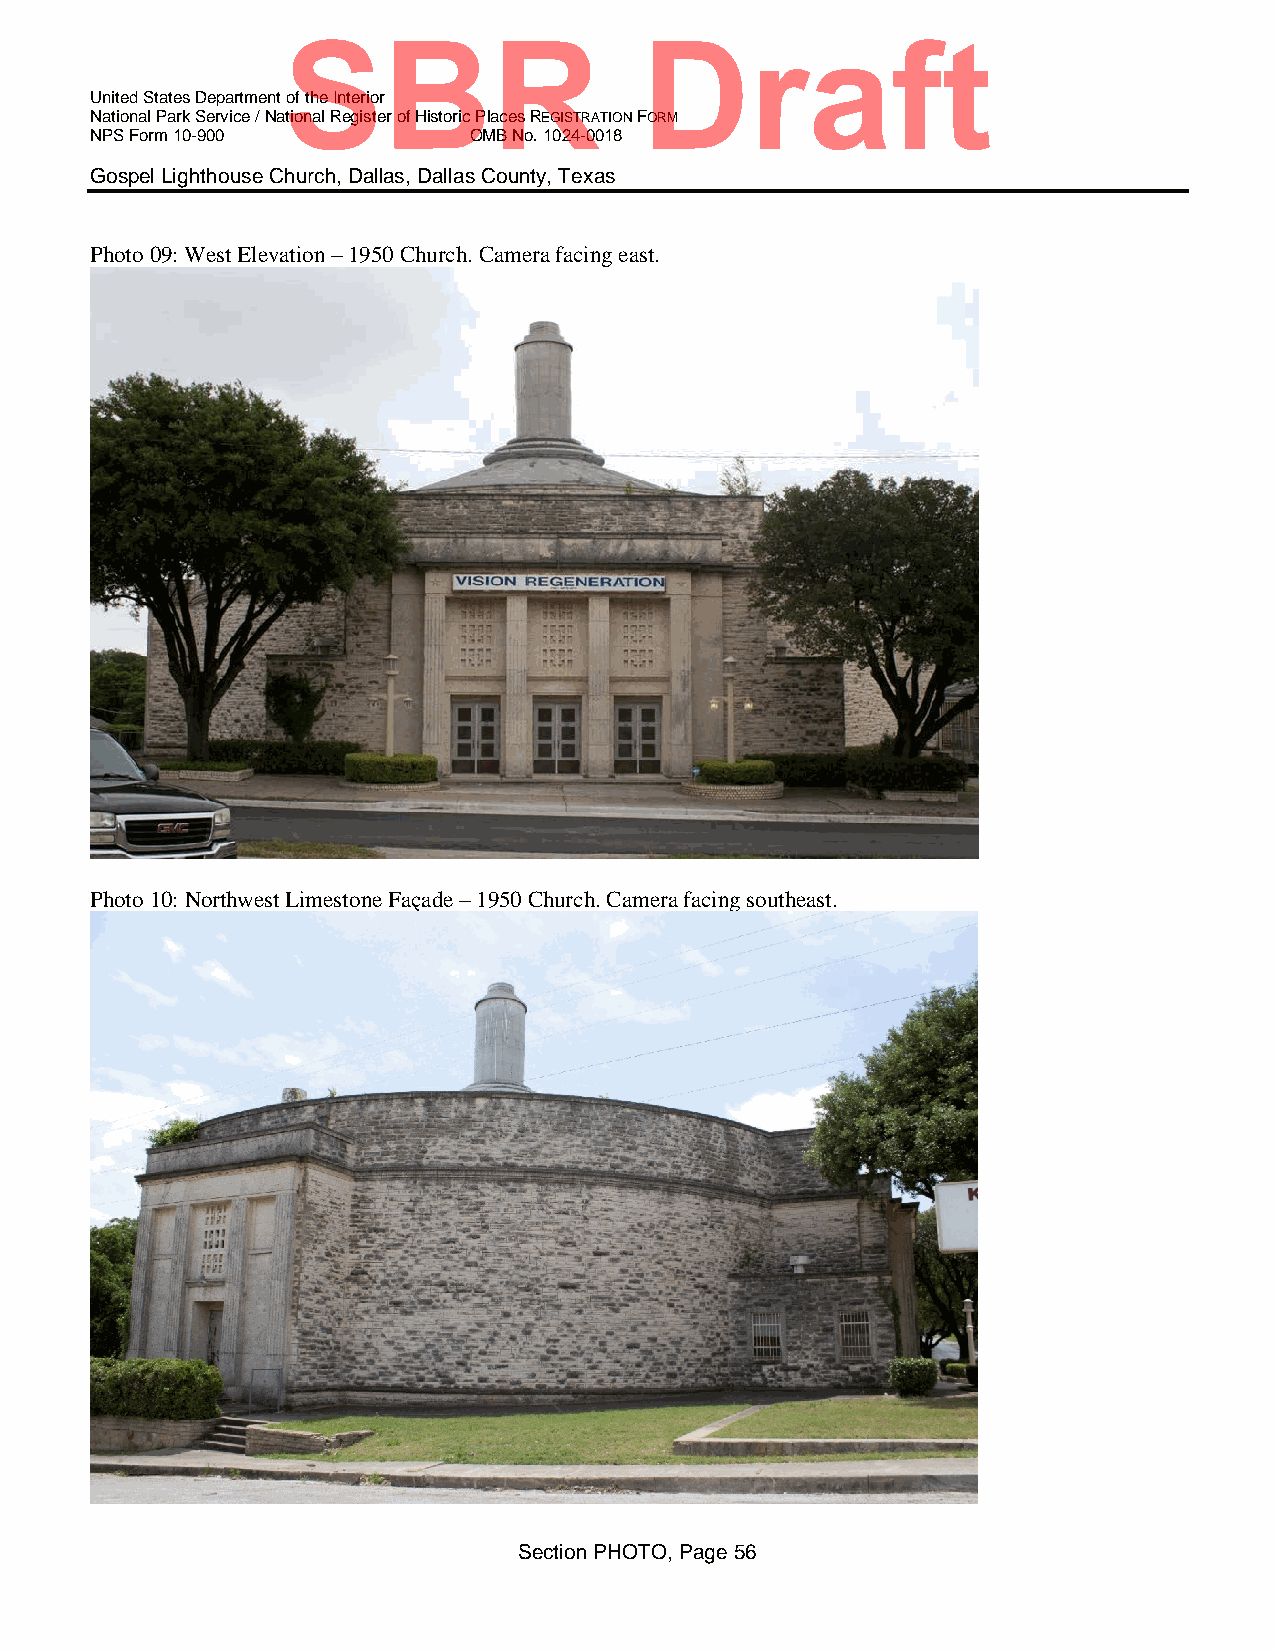
SBR                    Draft
 United States Department of the Interior
 National Park Service / National Register of Historic Places REGISTRATION FORM
 NPS Form 10-900          OMB No. 1024-0018
 Gospel Lighthouse Church, Dallas, Dallas County, Texas
 Photo 09: West Elevation – 1950 Church. Camera facing east.
 Photo 10: Northwest Limestone Façade – 1950 Church. Camera facing southeast.
 Section PHOTO, Page 56